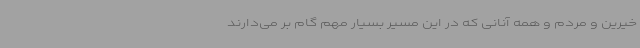
خیرین و مردم و همه آنانی که در این مسیر بسیار مهم گام بر می‌دارند